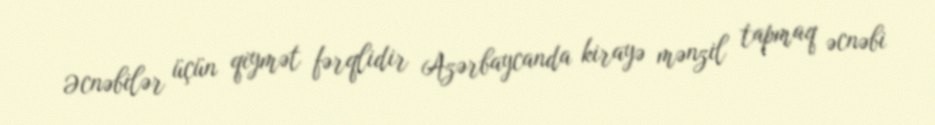
Əcnəbilər üçün qiymət fərqlidir Azərbaycanda kirayə mənzil tapmaq əcnəbi